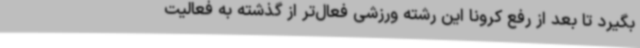
بگیرد تا بعد از رفع کرونا این رشته ورزشی فعال‌تر از گذشته به فعالیت